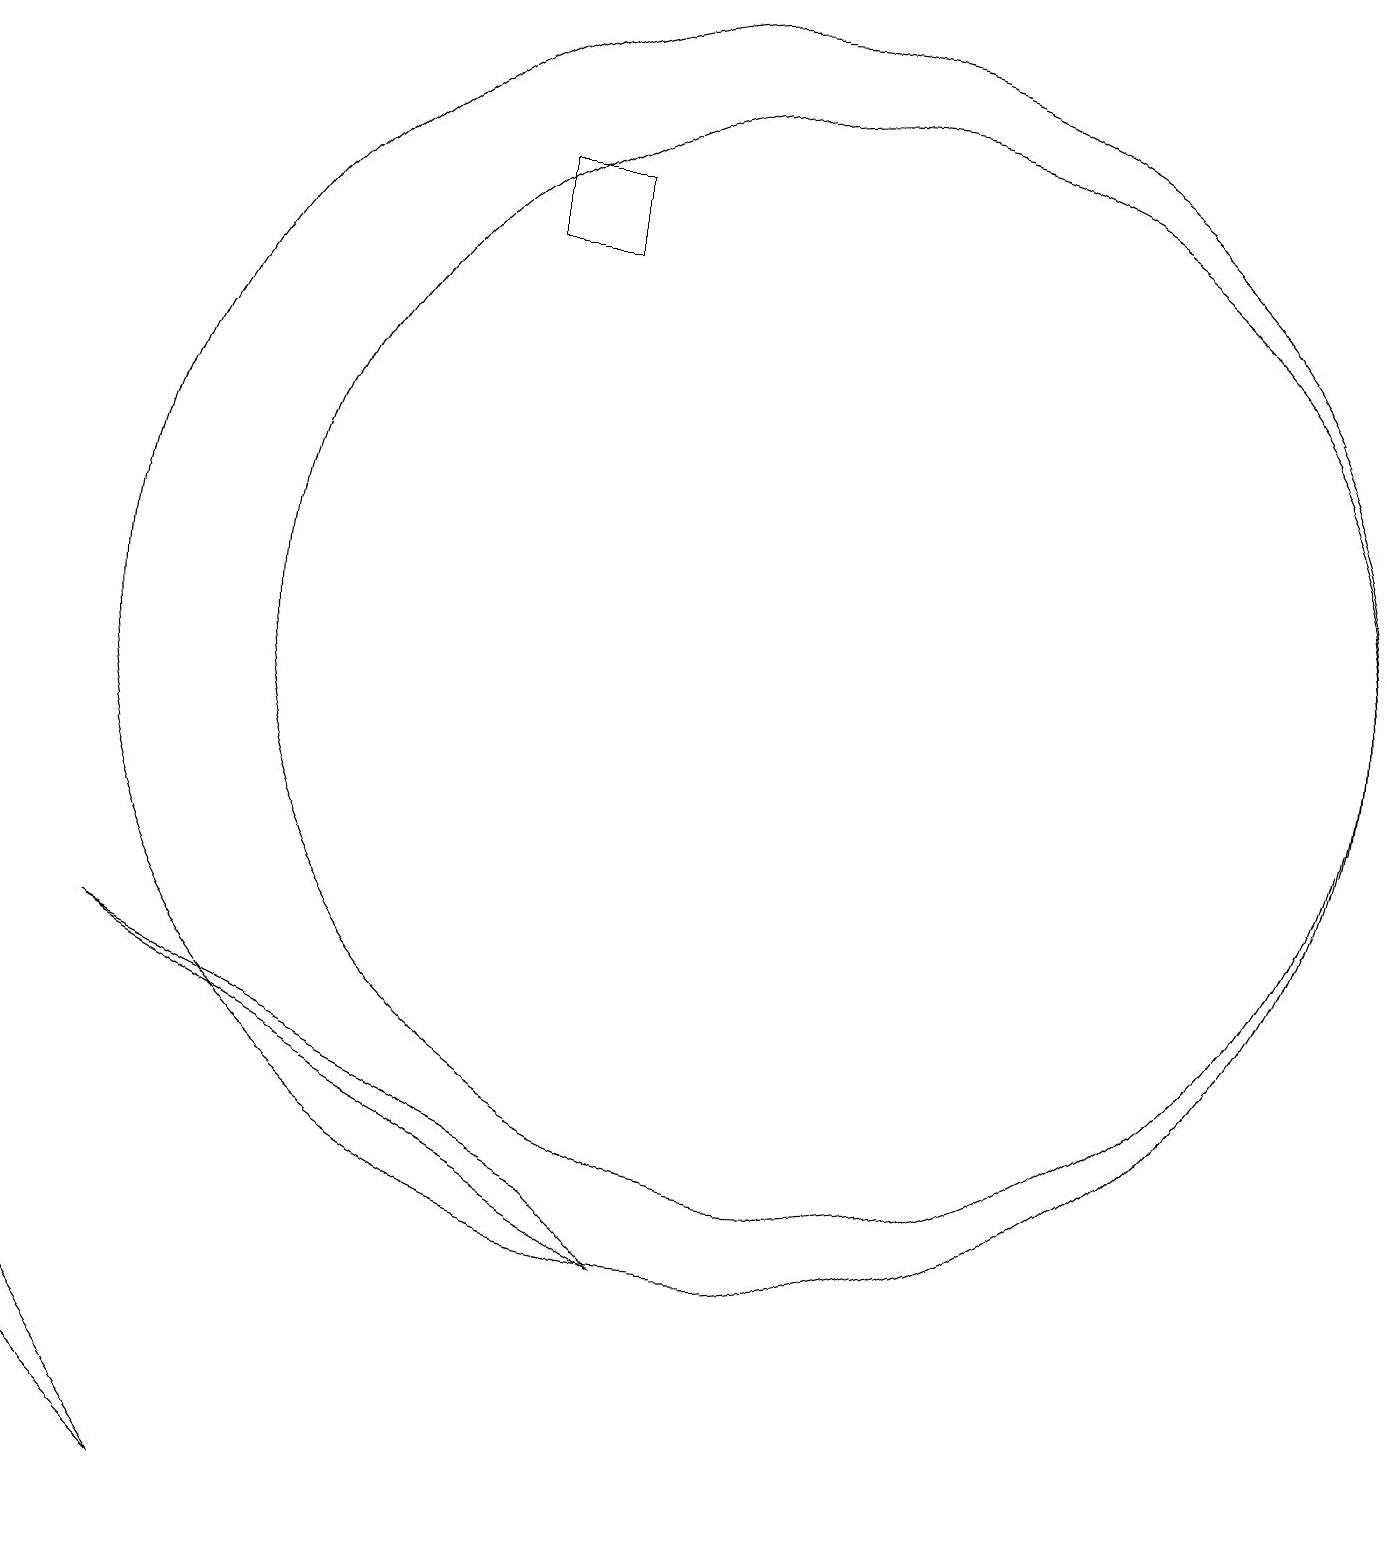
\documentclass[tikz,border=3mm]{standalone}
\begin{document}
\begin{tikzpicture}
\draw (1,3) -- (3,1) -- (1,4) -- cycle;
\draw (11,12) circle (7);
\draw (8,18) rectangle (7,17);
\draw (10,12) circle (8);
\draw (8,5) -- (9,4) -- (2,8) -- cycle;
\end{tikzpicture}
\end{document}